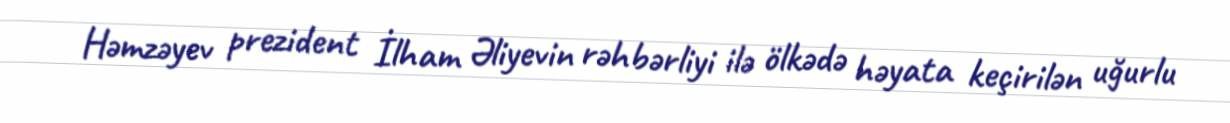
Həmzəyev prezident İlham Əliyevin rəhbərliyi ilə ölkədə həyata keçirilən uğurlu